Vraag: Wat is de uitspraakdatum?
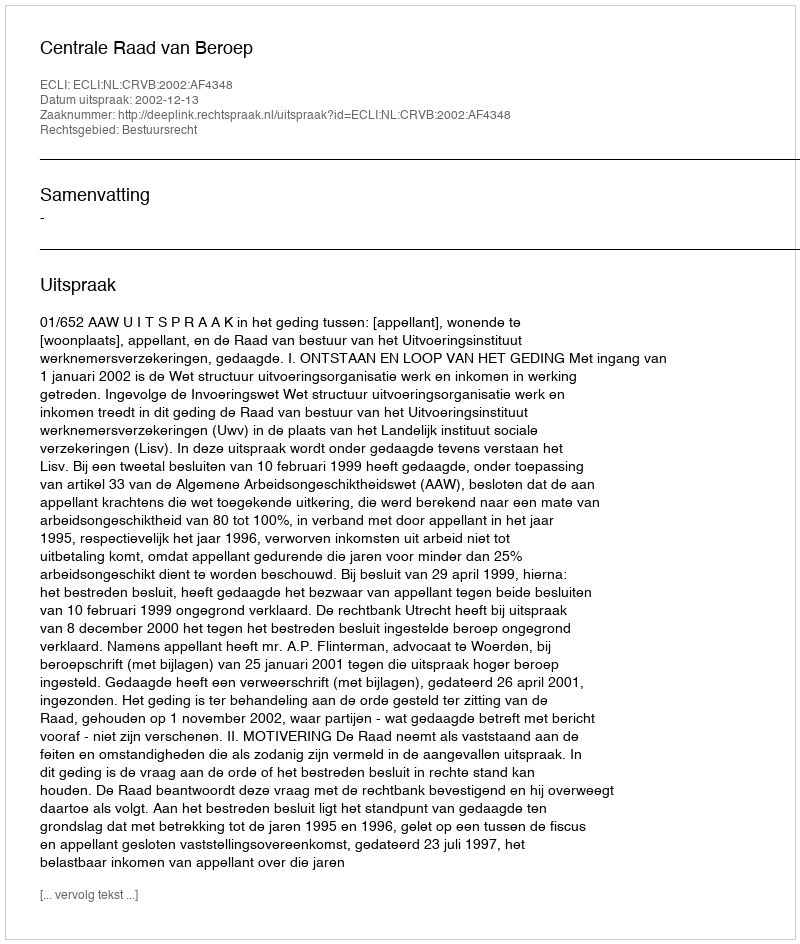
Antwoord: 2002-12-13